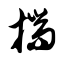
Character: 揣